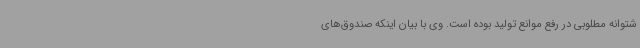
شتوانه مطلوبی در رفع موانع تولید بوده است. وی با بیان اینکه صندوق‌های